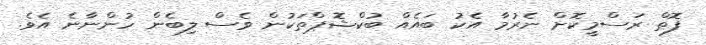
ފޮތް ރަސްމީކޮށް ނެރުމާ އެކު ބައެއް ބުކްޝޮޕްތަކުން ވެސް ލިބެން ހުންނާނެ އެވެ.